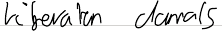
Liberalen damals